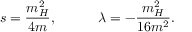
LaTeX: s = \frac { m _ { H } ^ { 2 } } { 4 m } , \quad \quad \quad \lambda = - \frac { m _ { H } ^ { 2 } } { 1 6 m ^ { 2 } } .